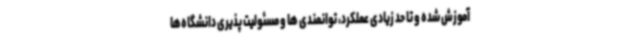
آموزش شده و تا حد زیادی عملکرد، توانمندی ها و مسئولیت پذیری دانشگاه‌ها